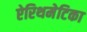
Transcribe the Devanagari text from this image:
ऐरिथमेटिका